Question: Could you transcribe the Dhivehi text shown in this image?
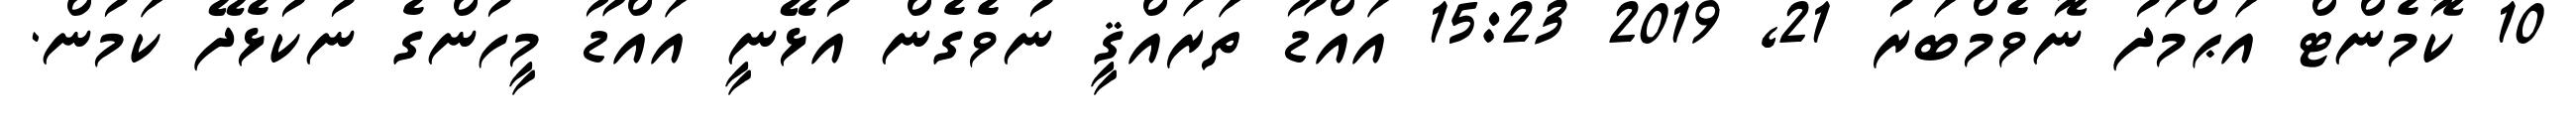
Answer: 10 ކޮމެންޓް އަޙްމަދު ނޮވެމްބަރު 21, 2019 15:23 އައްޑޫ ތަރައްޤީ ނުވެގެން އުޅޭނީ އައްޑޫ މީހުންގެ ނުކުޅެދޭ ކަމުން.